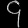
Digit: ၄